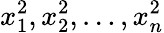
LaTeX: x_{1}^{2},x_{2}^{2},\ldots,x_{n}^{2}